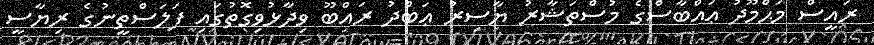
ރައީސް މަޙްމޫދު ޢައްބާސްގެ މުސްތަޝާރު ޔާސިރު ޢަބްދު ރައްބޫ ވިދާޅުވިގޮތުގައި ފަލަސްތީނުގެ ރިޔާސީ